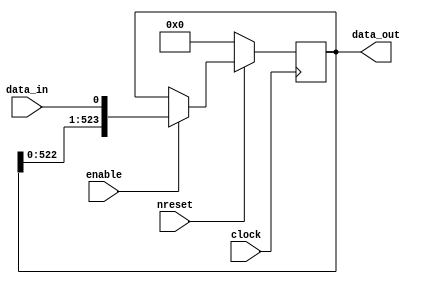
module LogicTileConfig(
    input clock,
    input nreset,
    input enable,
    input data_in,
    output [523:0] data_out
);
    reg [523:0] r_data;
    always @(posedge clock) begin
        if (!nreset) begin
            r_data <= 0;
        end else begin
            if (enable) begin
                r_data <= {r_data[522:0], data_in};
            end
        end
    end
    assign data_out = r_data;   

endmodule